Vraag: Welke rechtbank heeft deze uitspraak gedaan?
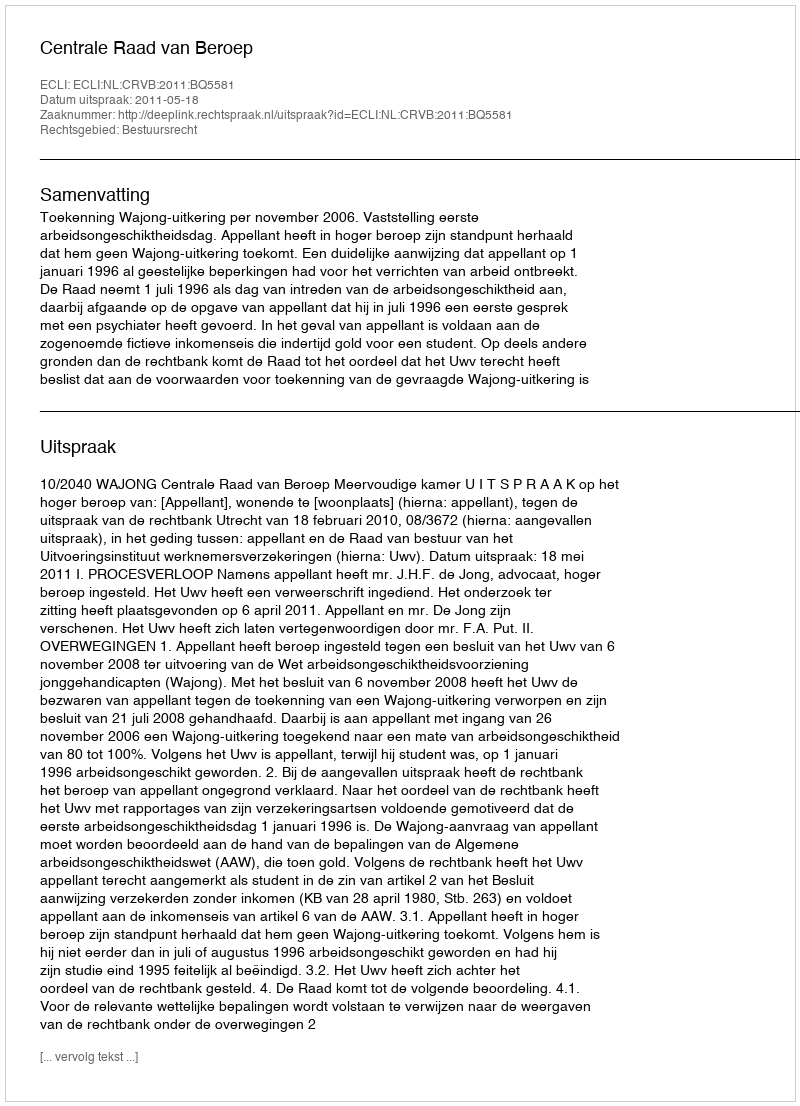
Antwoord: Centrale Raad van Beroep